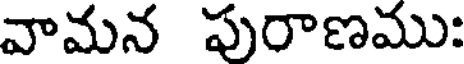
వామన పురాణము: